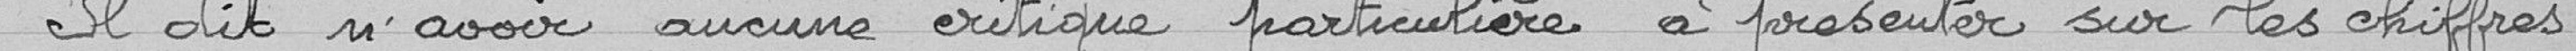
Il dit n'avoir aucune critique particulière à présenter sur les chiffres